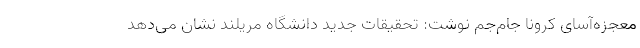
معجزه‌آسای کرونا جام‌جم نوشت: تحقیقات جدید دانشگاه مریلند نشان می‌دهد